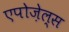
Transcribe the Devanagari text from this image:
एपोज़ेल्स